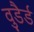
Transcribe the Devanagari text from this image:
वुडैर्ड